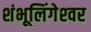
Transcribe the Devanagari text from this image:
शंभूलिंगेश्‍वर